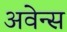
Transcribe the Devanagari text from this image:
अवेन्स